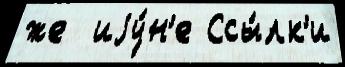
же  иjу́н'е Ссы́лк'и